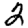
Digit: 2